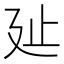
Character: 㢟